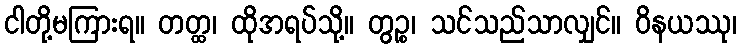
ငါတို့မကြားရ။ တတ္ထ၊ ထိုအရပ်သို့။ တွဉ္စ၊ သင်သည်သာလျှင်။ ဝိနယဿု၊